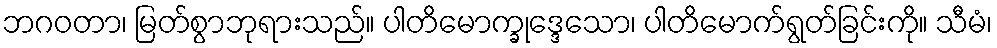
ဘဂဝတာ၊ မြတ်စွာဘုရားသည်။ ပါတိမောက္ခုဒ္ဒေသော၊ ပါတိမောက်ရွတ်ခြင်းကို။ သီမံ၊